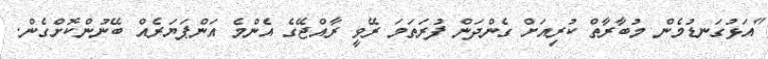
"އަޅުގަނޑުމެން މުބާރާތް ކުރިއަށް ގެންދަން ފުރަތަމަ ރޭވީ ރާއްޖޭގެ އެންމެ އަންޕަޔަރެއް ބޭނުންކޮށްގެން.